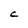
Character: C